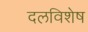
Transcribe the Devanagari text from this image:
दलविशेष